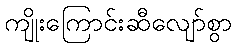
ကျိုးကြောင်းဆီလျော်စွာ